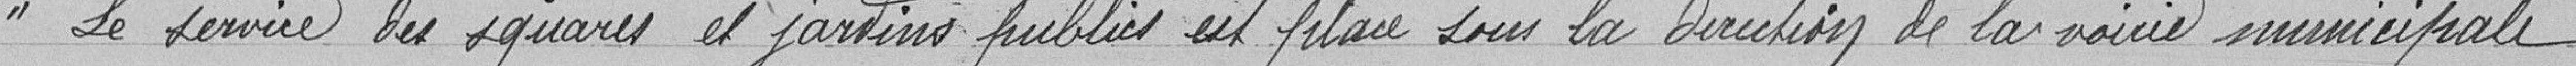
"Le service des squares et jardins publics est placé sous la direction de la voirie municipale